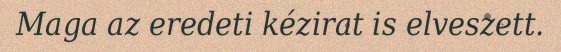
Maga az eredeti kézirat is elveszett.